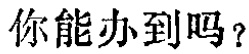
你能办到吗？